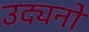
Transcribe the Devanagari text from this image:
उद्यनो